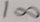
1 \infty